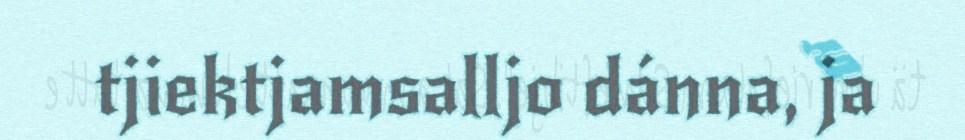
tjiektjamsalljo dánna, ja